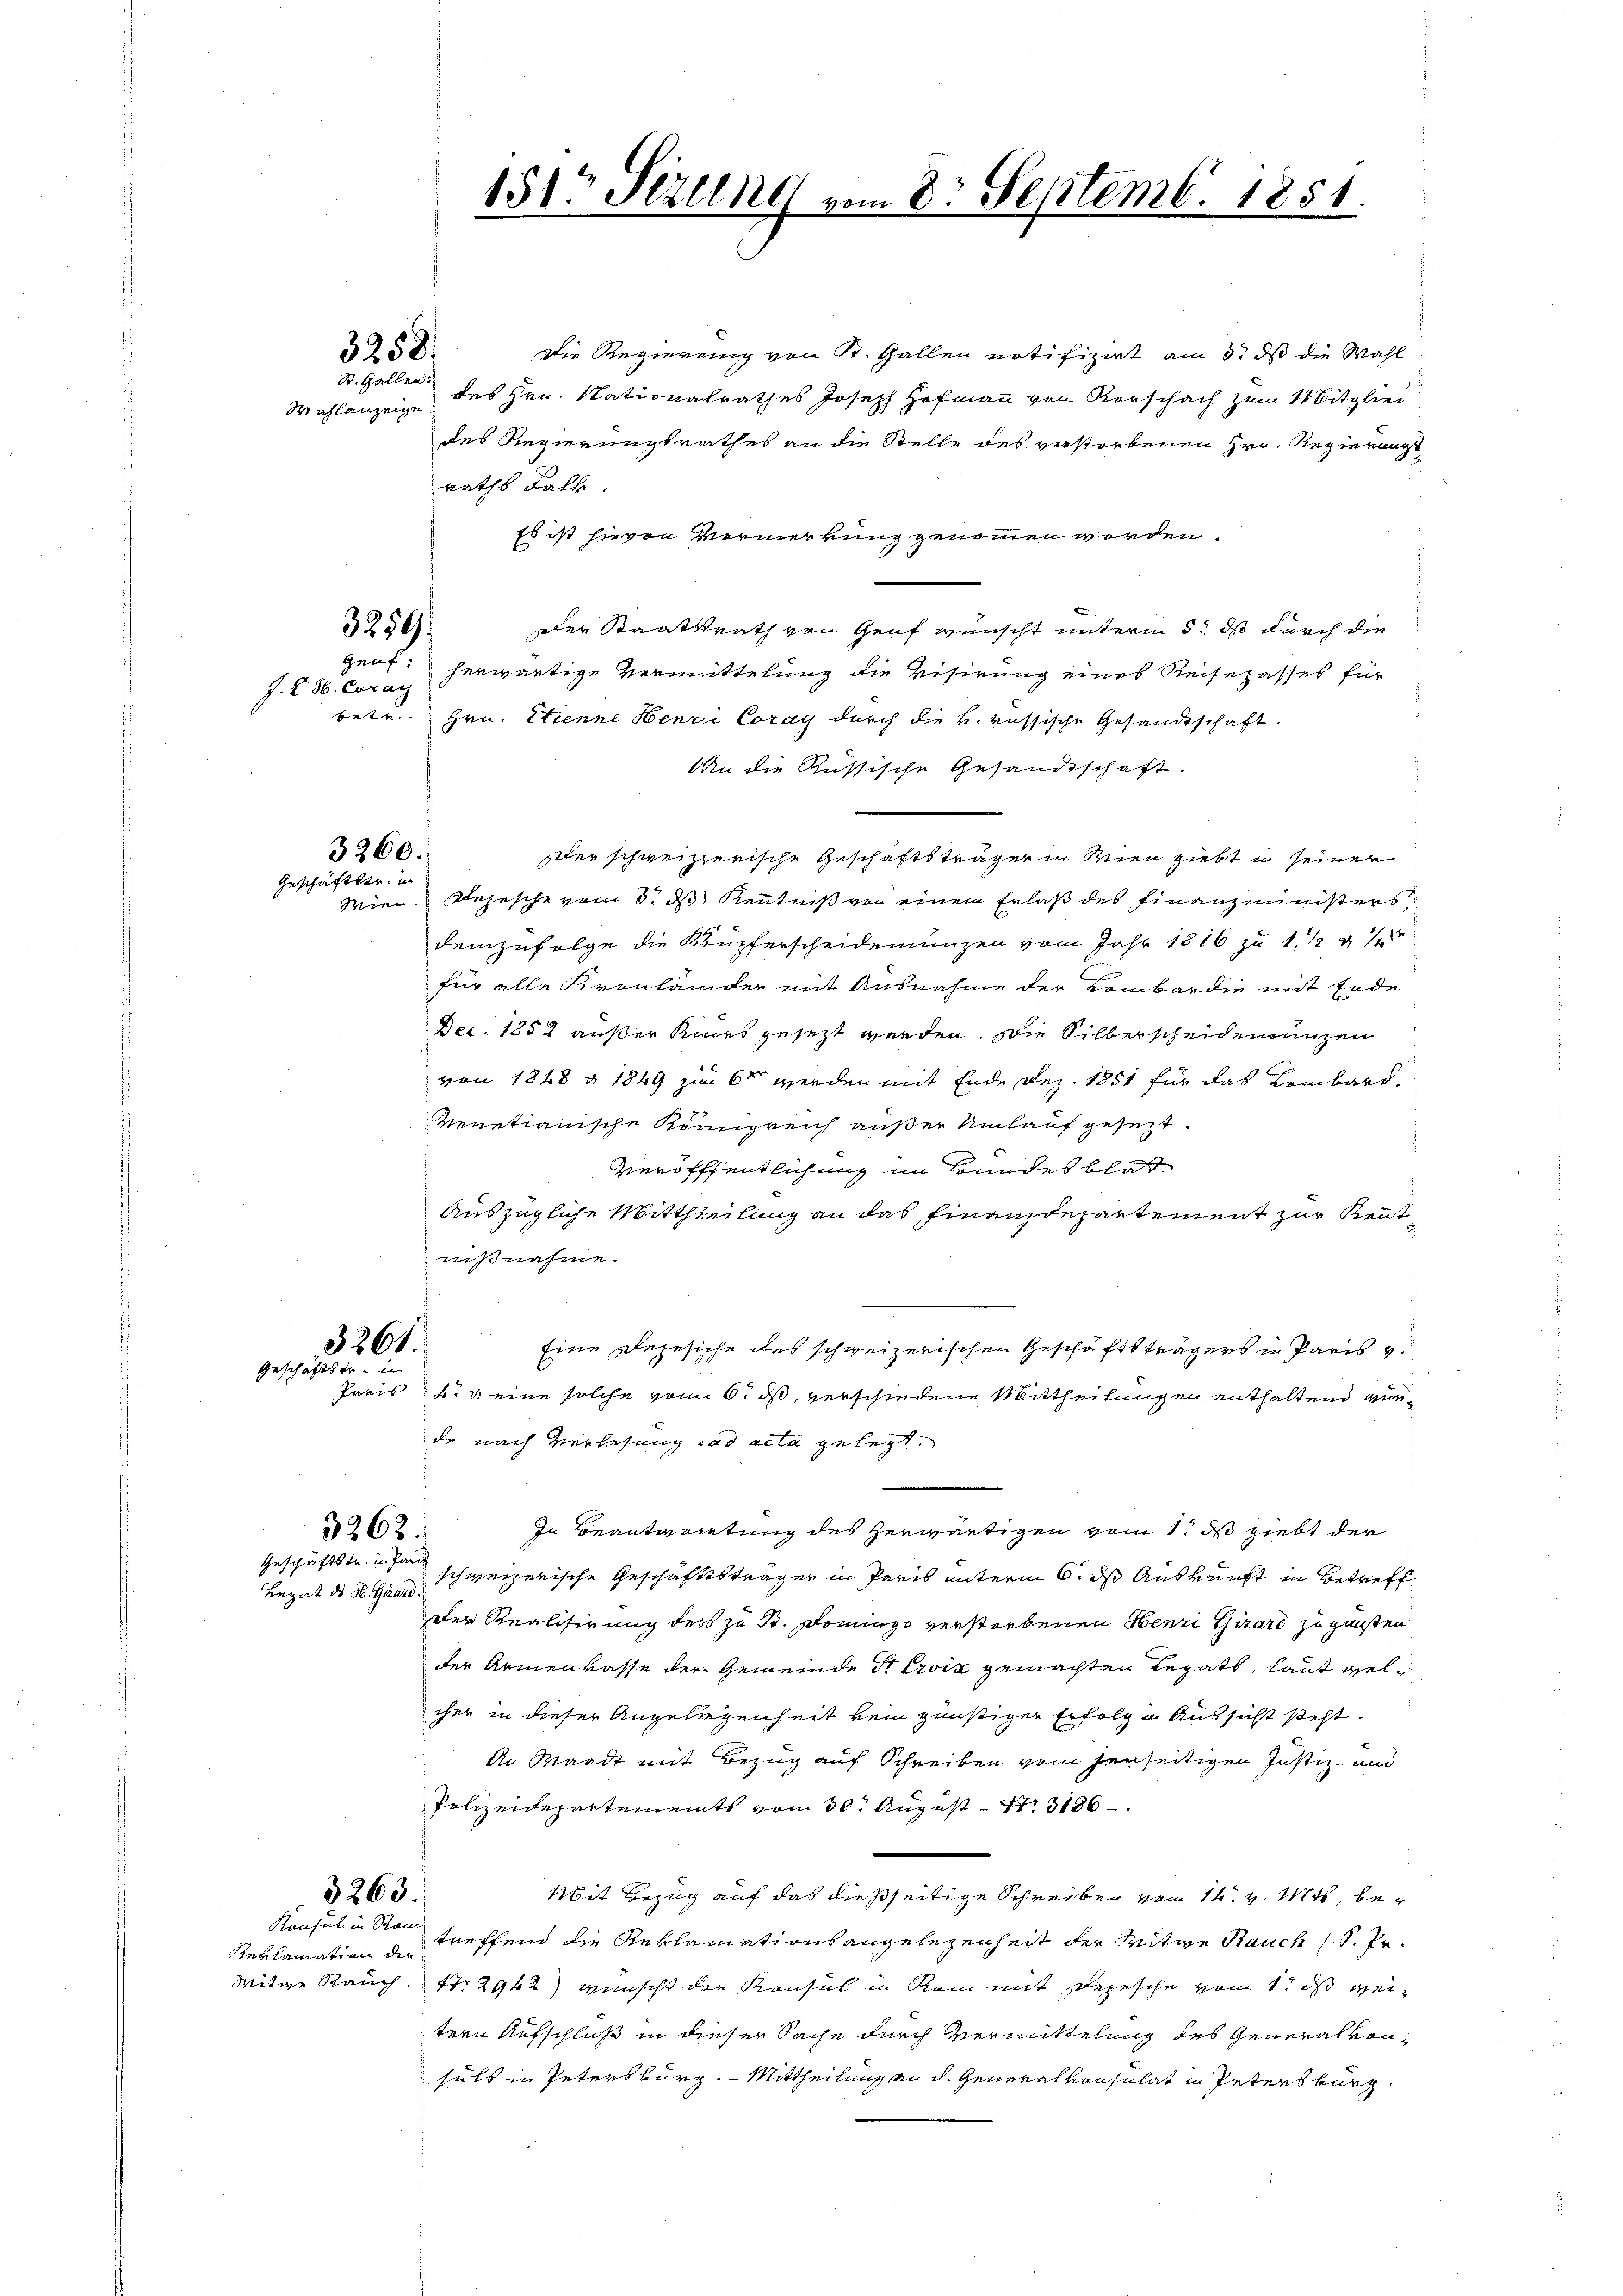
3260.
Geschäftstr. in
Wien

Wahlanzeige

ganf.

Die Regierung von R. Gallen notifizirt am 3. dß die Wahl
St. Gallen des Hrn. Stationalrathes Joseph Hofmann von Vorschach zum Mitglied
des Regierungsrathes an die Stelle des verstorbenen Hrn. Regierungs
raths Fall.
Es ist hievon Vermerkung genommen worden.
Der Staatsrath von Genf wünscht unterm 5. ds durch die
J. K. H. Coran herwärtige Vermittelung die Visirung eines Reisepasses für
betr. Hrn. Etienne Henri Coray durch die k. russische Gesandtschaft.
An die Russische Gesandtschaft.
ter schweizzerische Geschäftsträgen in Wien giebt in seiner
Rejesche vom 8. ds Kenntniß von einen Erlaß des Finanzministers
demzufolge die Kupferscheidenunzen vom Jahr 1816 zu 1 1/2 47
für alle Kronlander mit Ausnahme der Lombardie mit Ende
Dec. 1858 außer Kurs gesezt werden. Die Silberscheidenunzen
von 1848 § 1849 zum 6ten werden mit Ende Dez. 1851 für das Lembard.
venetianische Königreich außer Umlauf gesezt.
Veröfffentlichung im Bundesblatt¬
Auszügliche Mittheilung an das Finanzdepartement zur Rentnißnahme.

3361
Eine Rezesiche des schweizerischen Geschäftsträgers in Paris v.
Geschäftstr. in
Paris B. eine solche vom 6. ds, verschiedene Mittheilungen enthaltend wurde nach Verlesung ad acta gelegt.
In Beanterietung des herwärtigen vom 1. ds giebt der
3262.
Geschäftstr. in Pand
schweizerische Geschäftsträger in Paris unterm 6. ds Auskunft in Betreff
Legat des H. Girard.
Der Realisirung des zu B. Domingo verstorbenen Henri Girard zu gunsten
der Armenkasse der Gemeinde Sr Eroiz gemachten Legats, laut gelcher in dieser Angeliegenheit kein günstiger Erfolg u. Aussicht steht.
An Waadt mit Bezug auf Schreiben vom Jenseitigen Justiz- und
Polizeidepartements vom 30. August 186
3263.
Mit Bezug auf das dießseitige Schreiben vom 14. v. Mts, be¬
Konsul in Ron treffend die Reklamationsangelegenheit der Mitwe Rauch (S. Pr.
Reklamation die
Witge Rauch. Nr. 2942) wünscht der Konsul in Rom mit Depesche vom 1t ds weitern Aufschluß in dieser Sache durch Vermittelung des Generalvonsuls in Petersburg. Mittheilung an d. Generalkonsulat in Petersburg

3258.

3259.

151 Sezung vom 8. Septemb. 1851.